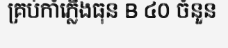
គ្រប់កាំភ្លើងធុន B ៤០ ចំនួន